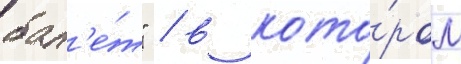
бал'е́т" / в кото́ром